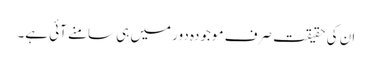
ان کی حقیقت صرف موجودہ دور میں ہی سامنے آئی ہے۔